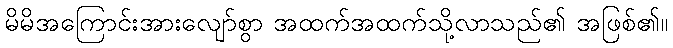
မိမိအကြောင်းအားလျော်စွာ အထက်အထက်သို့လာသည်၏ အဖြစ်၏။